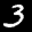
Label: 3